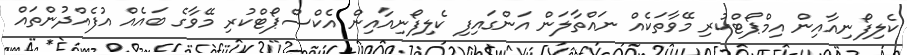
ކެލިފޯނިއާއިން އިމްޕޯޓްކުރި މޭވާތަކެއް ނައްތާލަން އަންގައިފި ކެލިފޯނިއާއިން އެކްސްޕޯޓްކުރި މޭވާގެ ބައެއް އުފެއްދުންތައް